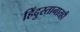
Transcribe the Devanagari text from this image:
हिंदुस्तानातही